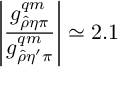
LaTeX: \left| { \frac { g _ { \hat { \rho } \eta \pi } ^ { q m } } { g _ { \hat { \rho } \eta ^ { \prime } \pi } ^ { q m } } } \right| \simeq 2 . 1